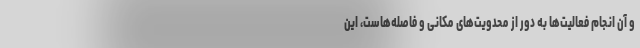
و آن انجام فعالیت‌ها به دور از محدویت‌های مکانی و فاصله‌هاست، این